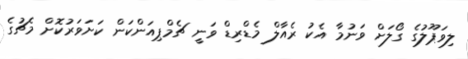
ލިވަޕޫލުގެ ގޯލަށް ވަނުމާ އެކު ރެއާލް މެޑްރިޑް ވަނީ ޗެމްޕިއަންކަން ކަށަވަރުކޮށް މެޗުގެ